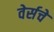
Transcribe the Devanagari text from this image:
वेर्सचे